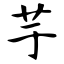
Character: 芋